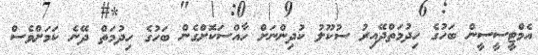
އެމްޓީސީސީން ބަހުގެ ހިދުމަތްދޭއިރު ސުކޫލު ކުދިންނަށް ހާއްސަކޮށްގެން ބަހުގެ ހިދުމަތް ދޭނެ ކަމަށްވެސް